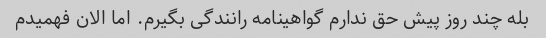
بله چند روز پیش حق ندارم گواهینامه رانندگی بگیرم. اما الان فهمیدم